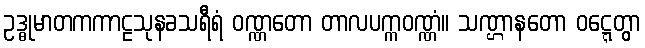
ဥဒ္ဓုမာတကကာဠသုနခသရီရံ ဝဏ္ဏတော တာလပက္ကဝဏ္ဏံ။ သဏ္ဌာနတော ဝဋ္ဋေတွာ